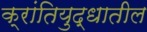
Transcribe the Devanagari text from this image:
क्रांतियुद्धातील